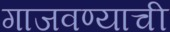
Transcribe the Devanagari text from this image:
गाजवण्याची